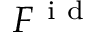
F ^ { \mathrm { ~ i ~ d ~ } }